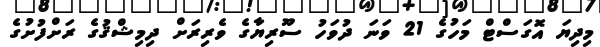
މިދިޔަ އޮގަސްޓް މަހުގެ 21 ވަނަ ދުވަހު ސޫރިޔާގެ ވެރިރަށް ދިިމިޝްޤުގެ ރަށްފުށުގެ